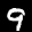
Label: 9